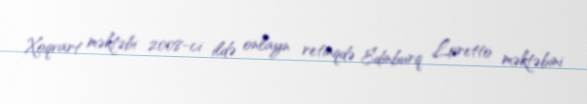
Xoqvart məktəbi 2008-ci ildə onlayn retinqdə Edinburq Loretto məktəbini